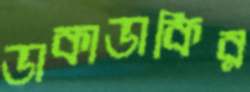
ডাকাডাকির